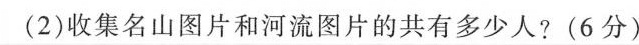
(2)收集名山图片和河流图片的共有多少人?(6分)